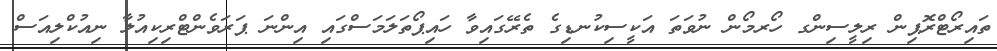
ތައިރޯޓްރޮޕިން ރިލީސިންގ ހޯރމޯން ނުވަތަ އަކީސިކުނޑިގެ ތެރޭގައިވާ ހައިޕޯތަލަމަސްގައި އިންނަ ޕަރަވެންޓްރިކިއުލާ ނިއުކްލިއަސް